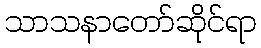
သာသနာတော်ဆိုင်ရာ